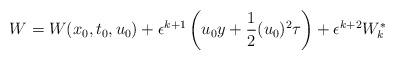
LaTeX: \begin{align*} W= W(x_0,t_0,u_0) +\epsilon^{k+1} \left( u_0 {{y}} +\frac{1}{2} (u_0)^2 {\tau} \right) + \epsilon^{k+2} W^*_k\end{align*}